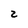
Character: 2